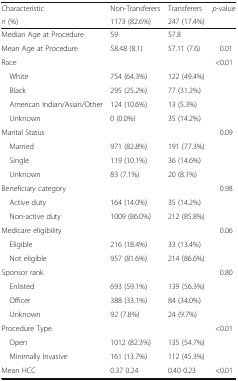
<table><thead><tr><td><b>Characteristic</b></td><td><b>Non-Transferers</b></td><td><b>Transferers</b></td><td><b><i>p</i>-value</b></td></tr><tr><td><b><i>n</i> (%)</b></td><td><b>1173 (82.6%)</b></td><td><b>247 (17.4%)</b></td><td>[EMPTY_CELL]</td></tr></thead><tbody><tr><td>Median Age at Procedure</td><td>59</td><td>57.8</td><td>[EMPTY_CELL]</td></tr><tr><td>Mean Age at Procedure</td><td>58.48 (8.1)</td><td>57.11 (7.6)</td><td>0.01</td></tr><tr><td>Race</td><td>[EMPTY_CELL]</td><td>[EMPTY_CELL]</td><td>&lt;0.01</td></tr><tr><td> White</td><td>754 (64.3%)</td><td>122 (49.4%)</td><td>[EMPTY_CELL]</td></tr><tr><td> Black</td><td>295 (25.2%)</td><td>77 (31.2%)</td><td>[EMPTY_CELL]</td></tr><tr><td> American Indian/Asian/Other</td><td>124 (10.6%)</td><td>13 (5.3%)</td><td>[EMPTY_CELL]</td></tr><tr><td> Unknown</td><td>0 (0.0%)</td><td>35 (14.2%)</td><td>[EMPTY_CELL]</td></tr><tr><td>Marital Status</td><td>[EMPTY_CELL]</td><td>[EMPTY_CELL]</td><td>0.09</td></tr><tr><td> Married</td><td>971 (82.8%)</td><td>191 (77.3%)</td><td>[EMPTY_CELL]</td></tr><tr><td> Single</td><td>119 (10.1%)</td><td>36 (14.6%)</td><td>[EMPTY_CELL]</td></tr><tr><td> Unknown</td><td>83 (7.1%)</td><td>20 (8.1%)</td><td>[EMPTY_CELL]</td></tr><tr><td>Beneficiary category</td><td>[EMPTY_CELL]</td><td>[EMPTY_CELL]</td><td>0.98</td></tr><tr><td> Active duty</td><td>164 (14.0%)</td><td>35 (14.2%)</td><td>[EMPTY_CELL]</td></tr><tr><td> Non-active duty</td><td>1009 (86.0%)</td><td>212 (85.8%)</td><td>[EMPTY_CELL]</td></tr><tr><td>Medicare eligibility</td><td>[EMPTY_CELL]</td><td>[EMPTY_CELL]</td><td>0.06</td></tr><tr><td> Eligible</td><td>216 (18.4%)</td><td>33 (13.4%)</td><td>[EMPTY_CELL]</td></tr><tr><td> Not eligible</td><td>957 (81.6%)</td><td>214 (86.6%)</td><td>[EMPTY_CELL]</td></tr><tr><td>Sponsor rank</td><td>[EMPTY_CELL]</td><td>[EMPTY_CELL]</td><td>0.80</td></tr><tr><td> Enlisted</td><td>693 (59.1%)</td><td>139 (56.3%)</td><td>[EMPTY_CELL]</td></tr><tr><td> Officer</td><td>388 (33.1%)</td><td>84 (34.0%)</td><td>[EMPTY_CELL]</td></tr><tr><td> Unknown</td><td>92 (7.8%)</td><td>24 (9.7%)</td><td>[EMPTY_CELL]</td></tr><tr><td>Procedure Type</td><td>[EMPTY_CELL]</td><td>[EMPTY_CELL]</td><td>&lt;0.01</td></tr><tr><td> Open</td><td>1012 (82.3%)</td><td>135 (54.7%)</td><td>[EMPTY_CELL]</td></tr><tr><td> Minimally Invasive</td><td>161 (13.7%)</td><td>112 (45.3%)</td><td>[EMPTY_CELL]</td></tr><tr><td>Mean HCC</td><td>0.37 0.24</td><td>0.40 0.23</td><td>&lt;0.01</td></tr></tbody></table>